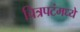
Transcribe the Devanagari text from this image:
चित्रपटंमध्ये